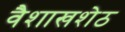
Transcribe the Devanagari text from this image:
वैशाखशेठ